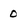
Character: 0